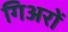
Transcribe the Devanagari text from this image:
गिअरों